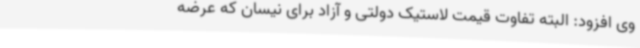
وی افزود: البته تفاوت قیمت لاستیک دولتی و آزاد برای نیسان که عرضه